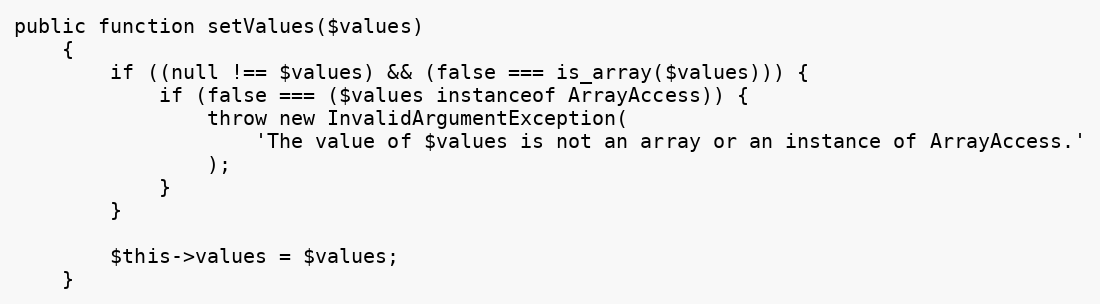
Language: PHP
public function setValues($values)
    {
        if ((null !== $values) && (false === is_array($values))) {
            if (false === ($values instanceof ArrayAccess)) {
                throw new InvalidArgumentException(
                    'The value of $values is not an array or an instance of ArrayAccess.'
                );
            }
        }

        $this->values = $values;
    }